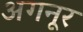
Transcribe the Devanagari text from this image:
अगनूर